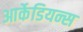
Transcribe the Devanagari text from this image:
आर्केडियन्स